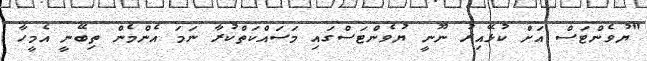
"ޔުވެންޓަސް އަށް ކުޅޭއިރު ނޫނީ ޔުވެންޓަސްގައި މަސައްކަތްކުރާ ނަމަ އެންމެން ތިބޭނީ އެމީހާ